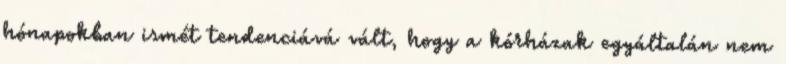
hónapokban ismét tendenciává vált, hogy a kórházak egyáltalán nem